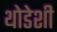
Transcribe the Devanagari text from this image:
थोडेशी